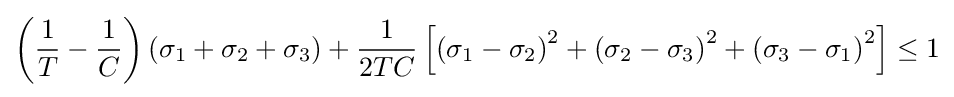
\left({\frac {1}{T}}-{\frac {1}{C}}\right)\left(\sigma _{1}+\sigma _{2}+\sigma _{3}\right)+{\frac {1}{2TC}}\left[\left(\sigma _{1}-\sigma _{2}\right)^{2}+\left(\sigma _{2}-\sigma _{3}\right)^{2}+\left(\sigma _{3}-\sigma _{1}\right)^{2}\right]\leq 1